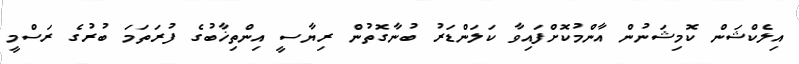
އިލެކްޝަން ކޮމިޝަނުން އާންމުކޮށްފައިވާ ކަލަންޑަރު ބުނާގޮތުން ރިޔާސީ އިންތިޚާބުގެ ފުރަތަމަ ބުރުގެ ރަސްމީ